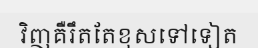
វិញគឺរឹតតែខុសទៅទៀត